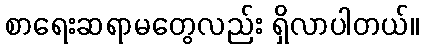
စာရေးဆရာမတွေလည်း ရှိလာပါတယ်။